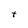
Character: t